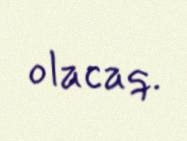
olacaq.